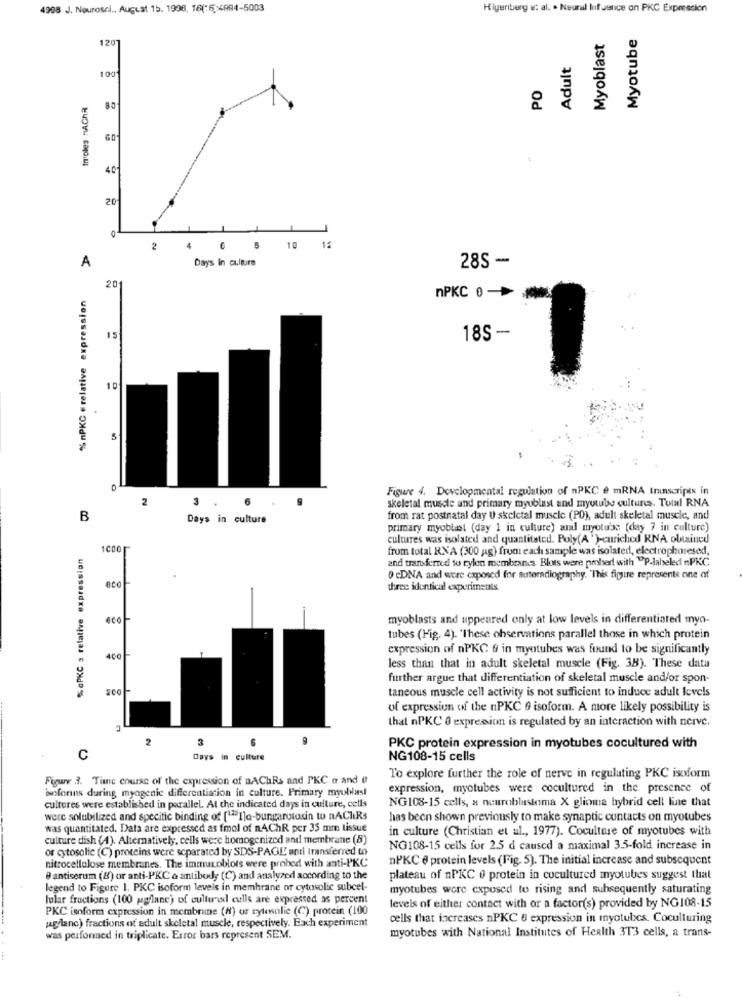
4998 J. Neurosci ., August 15. 1998, 16(-64994-5003
Higenberg e: al. . Neural luifusnice on PKC Expression
Myotube
1201
Myoblast
Adult
100
PO
troles TAChR
80
40
20
2
6
10 1
Days In culture
28S -
A
201
% nPKC # relative expression
nPKC 0 -
15
18S -
10
5
0
Figure 4. Developmental regulation of nPKC e mRNA Ininscripts in
2
3
6
skeletal muscle and primary myoblast and myutbe cultures. Total RNA
B
Days in culture
from rat postnatal day U skeletal muscle (PO), adult skeletal muscle, and
primary myoblast (day 1 in culture) and myotube (day 7 in culture)
cultures was isolated and quantitated. Poly(A ' )-curiched RNA obtained
% aPKC 2 relative expression
1000
from total RNA (300 g) from each sample was isolated, electrophoresed.
and transferred to rylon membranes. Blots were probert with "P-lalseled PKC
0 cDNA and were exposed for autoradiography. This figure represente one of
three identical experiments
eco
myoblasts and appeared only at low levels in differentiated myo-
tubes (Fig. 4). "These observations parallel those in which protein
expression of nPKC & in myotubes was found to be significantly
400
less than that in adult skeletal muscle (Fig. 38). These data
further argue that differentiation of skeletal muscle and/or spon-
200
taneous muscle cell activity is not sufficient to induce adult levels
of expression of the nPKC 9 isoform. A more likely possibility is
that nPKC 0 expression is regulated by an interaction with ncrvc.
2
3
PKC protein expression in myotubes cocultured with
C
Days in culture
NG108-15 cells
Figure 3. Tiene course of the expression of nAChRs and PKC a and
To explore further the role of nerve in regulating PKC isoform
istonns during myogenic differentiation in culture. Primary myolvas!
expression, myotubes were cocultured in the presence of
cultures were established in parallel. At the indicated days in culture, cells
NG108-15 cells, a neuroblastoma X glioma bybrid cell line that
were solubilized and specitic binding of ["Ila-bungarotoxin to nAChiRs
has been shown previously to make synaptic contacts on myotubes
was quantitated. Data are expressed as fmol of nAChR per 35 mm tissue
in culture (Christian et al ., 1977). Coculture of myotubes with
culture dish (4). Alternatively, cells were homogenized and membrane (8)
or cytosolie (C) proteins were separated by SDS-PAGE and transferred to
NG108-15 cells for 2.5 d caused a maximal 3.5-fold increase in
nitrocellulose membranes. The immunoblots were probed with anti-PKC
nPKC e protein levels (Fig. 5). The initial increase and subsequent
@ antiserum (8) or anti-PKC a antibody (C) and analyzed according to the
plateau of nPKC 0 protein in cocultured myotubes suggest that
legend to Figure 1. PKC isoform levels in membrane or cytosolic subcel-
myotubes wore exposed to rising and subsequently saturating
lular fractions (100 gepflane) of cultured calls are expressed as percent
PKC isoform expression in membrane (H) or cytesalie (C) protein (100
levels of either contact with or a factor(s) provided by NG108-15
cells that increases nPKC 6 expression in myotubes. Coculturing
jaglanc) fractions of adult skeletal muscle, respectively. Each experiment
myotubes with National Institutes of Health 3T3 cells, a trans-
was performed in triplicate. Error bars represent SEM.